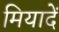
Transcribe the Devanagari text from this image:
मियादें